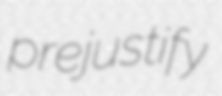
prejustify